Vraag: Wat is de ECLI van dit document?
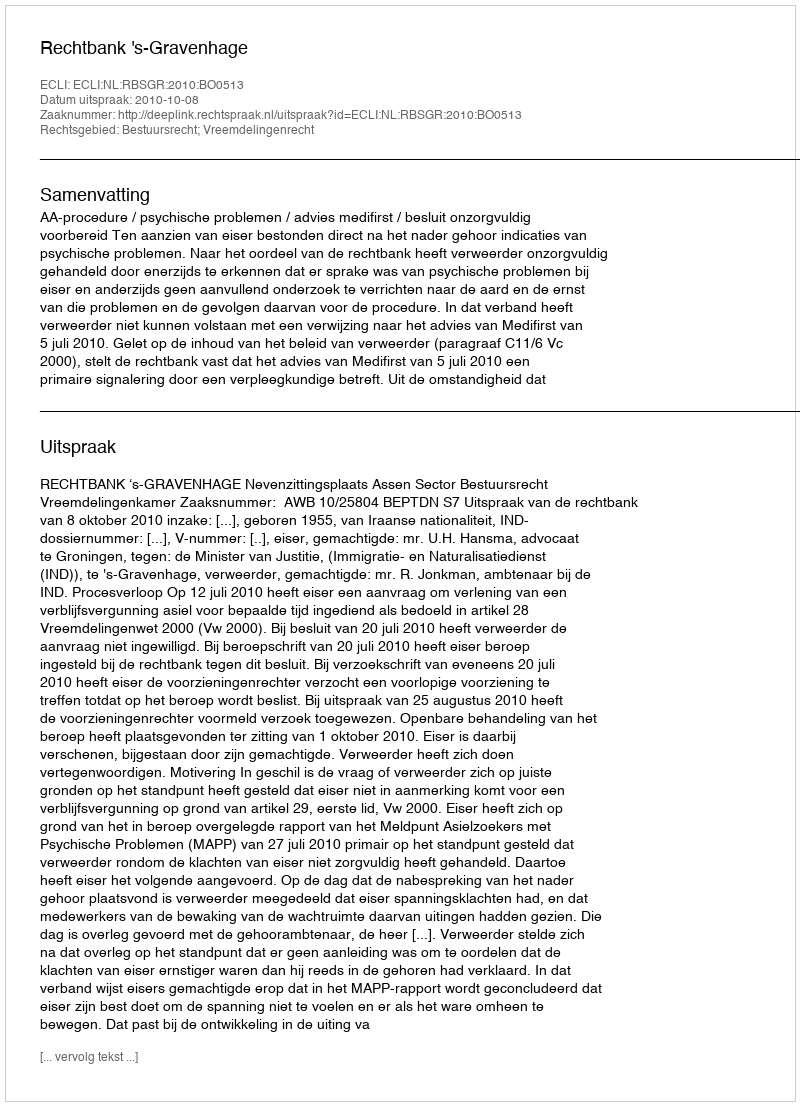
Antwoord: ECLI:NL:RBSGR:2010:BO0513